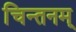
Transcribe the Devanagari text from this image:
चिन्तनम्